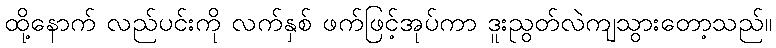
ထို့နောက် လည်ပင်းကို လက်နှစ် ဖက်ဖြင့်အုပ်ကာ ဒူးညွတ်လဲကျသွားတော့သည်။